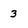
Character: 3